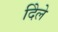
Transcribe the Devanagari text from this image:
दिेले